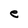
Character: e